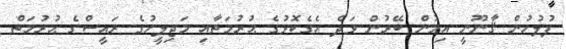
ފުލުހުން ޤާނޫނީ އިމުން ބޭރުން ވަދެ އެގެކޮޅުގެ ޙުރުމަތާއި މަޖިލީހުގެ ރައީސްގެ ޙުރުމަތް